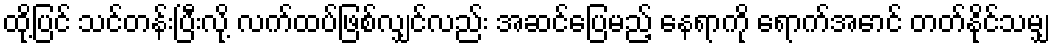
ထို့ပြင် သင်တန်းပြီးလို့ လက်ထပ်ဖြစ်လျှင်လည်း အဆင်ပြေမည့် နေရာကို ရောက်အောင် တတ်နိုင်သမျှ